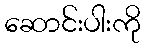
ဆောင်းပါးကို